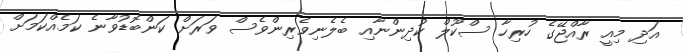
އަދި މިއީ ރާއްޖޭގެ ހުރިހާ ސްކޫލް ކުދިންނާއި ބެލެނިވެރިންވެސް ވަރަށް ކަންބޮޑުވާނެ ކަމެއްކަމަށް